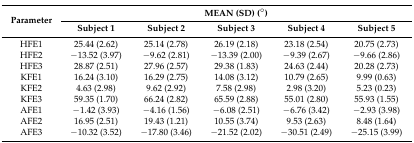
| <ROWSPAN=2> Parameter | <COLSPAN=5> MEAN (SD) (°) |
 | Subject 1 | Subject 2 | Subject 3 | Subject 4 | Subject 5 |
 | --- | --- | --- | --- | --- | --- |
 | HFE1 | 25.44 (2.62) | 25.14 (2.78) | 26.19 (2.18) | 23.18 (2.54) | 20.75 (2.73) |
 | HFE2 | −13.52 (3.97) | −9.62 (2.81) | −13.39 (2.00) | −9.39 (2.67) | −9.66 (2.86) |
 | HFE3 | 28.87 (2.51) | 27.96 (2.57) | 29.38 (1.83) | 24.63 (2.44) | 20.28 (2.73) |
 | KFE1 | 16.24 (3.10) | 16.29 (2.75) | 14.08 (3.12) | 10.79 (2.65) | 9.99 (0.63) |
 | KFE2 | 4.63 (2.98) | 9.62 (2.92) | 7.58 (2.98) | 2.98 (3.20) | 5.23 (0.23) |
 | KFE3 | 59.35 (1.70) | 66.24 (2.82) | 65.59 (2.88) | 55.01 (2.80) | 55.93 (1.55) |
 | AFE1 | −1.42 (3.93) | −4.16 (1.56) | −6.08 (2.51) | −6.76 (3.42) | −2.93 (3.98) |
 | AFE2 | 16.95 (2.51) | 19.43 (1.21) | 10.55 (3.74) | 9.53 (2.63) | 8.48 (1.64) |
 | AFE3 | −10.32 (3.52) | −17.80 (3.46) | −21.52 (2.02) | −30.51 (2.49) | −25.15 (3.99) |